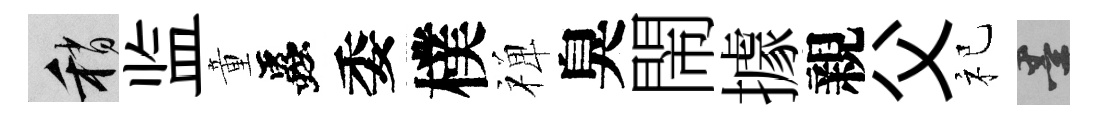
稍监童蟲委樸禅臭閙據親父祀墨